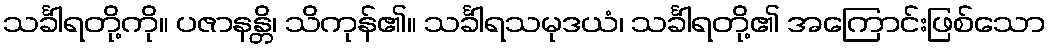
သင်္ခါရတို့ကို။ ပဇာနန္တိ၊ သိကုန်၏။ သင်္ခါရသမုဒယံ၊ သင်္ခါရတို့၏ အကြောင်းဖြစ်သော